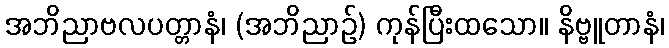
အဘိညာဗလပတ္တာနံ၊ (အဘိညာဉ်) ကုန်ပြီးထသော။ နိဗ္ဗူတာနံ၊